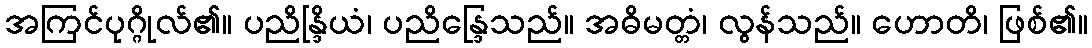
အကြင်ပုဂ္ဂိုလ်၏။ ပညိန္ဒြိယံ၊ ပညိန္ဒြေသည်။ အဓိမတ္တံ၊ လွန်သည်။ ဟောတိ၊ ဖြစ်၏။